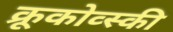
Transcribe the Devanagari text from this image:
क्रूकोव्स्की